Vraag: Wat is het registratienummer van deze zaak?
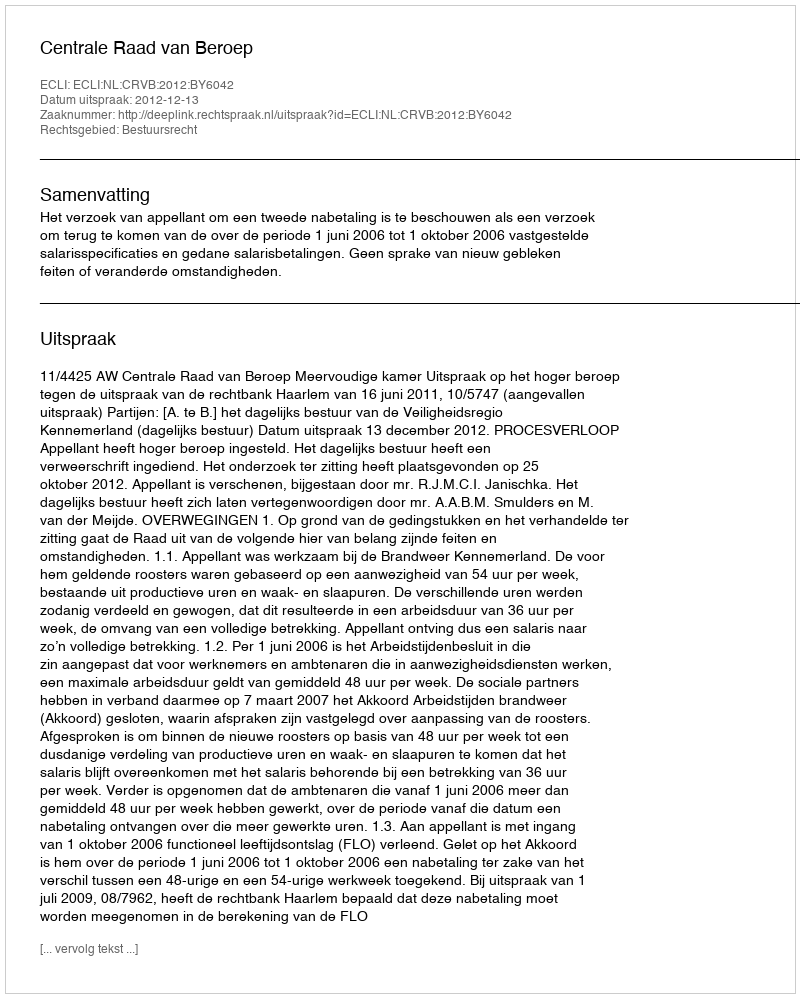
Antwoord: http://deeplink.rechtspraak.nl/uitspraak?id=ECLI:NL:CRVB:2012:BY6042